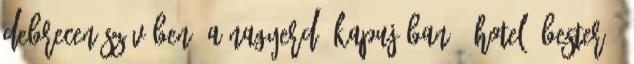
Debrecen szívében, a Nagyerdő kapujában : Hotel Óbester ,